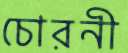
চোরনী